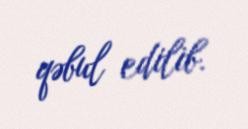
qəbul edilib.